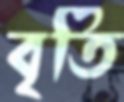
বৃতি